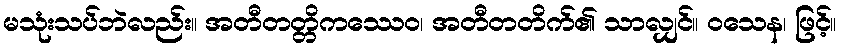
မသုံးသပ်ဘဲလည်း။ အတီတတ္တိကဿေဝ၊ အတီတတိက်၏ သာလျှင်။ ဝသေန၊ ဖြင့်။